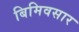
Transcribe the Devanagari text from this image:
बिमिवसार